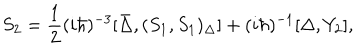
LaTeX: S _ { 2 } = \frac { 1 } { 2 } ( i \hbar ) ^ { - 3 } [ \bar { \Delta } , ( S _ { 1 } , S _ { 1 } ) _ { \Delta } ] + ( i \hbar ) ^ { - 1 } [ \Delta , Y _ { 2 } ] ,